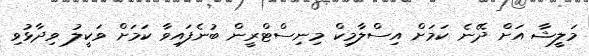
މަލީޝާ އަށް ދޭނެ ކަމަށް އިސްލާމިކް މިނިސްޓްރީން ބުނެފައިވާ ކަމަށް ވަކީލު ވިދާޅުވި